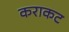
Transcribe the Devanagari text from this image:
कराकट